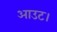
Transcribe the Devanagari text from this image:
आउट।